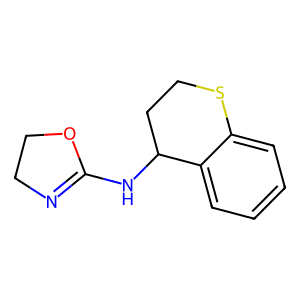
SMILES: c1ccc2c(c1)SCCC2NC1=NCCO1
Inhibits HIV replication: No